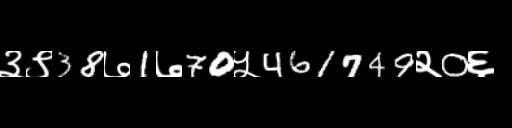
Text: ३९38७1७70५461749२0६